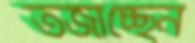
তর্জাচ্ছেন